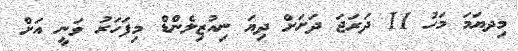
މިދޔަމަ މަހު 11 ދަރަޖަ ދަށަށް ދިޔަ ނިއުޒިލެންޑް މިފަހަރު ވަނީ އަށް